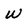
Character: w